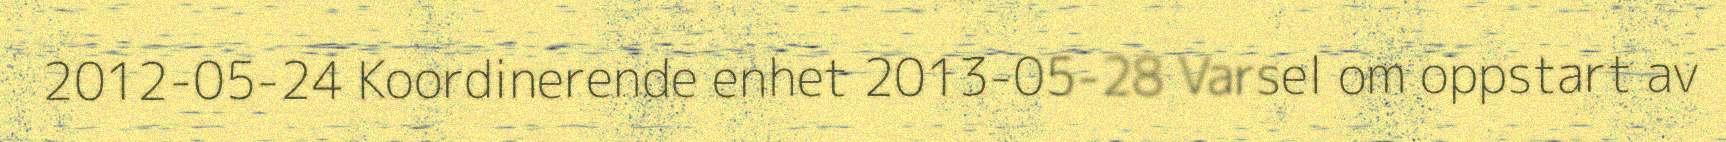
2012-05-24 Koordinerende enhet 2013-05-28 Varsel om oppstart av